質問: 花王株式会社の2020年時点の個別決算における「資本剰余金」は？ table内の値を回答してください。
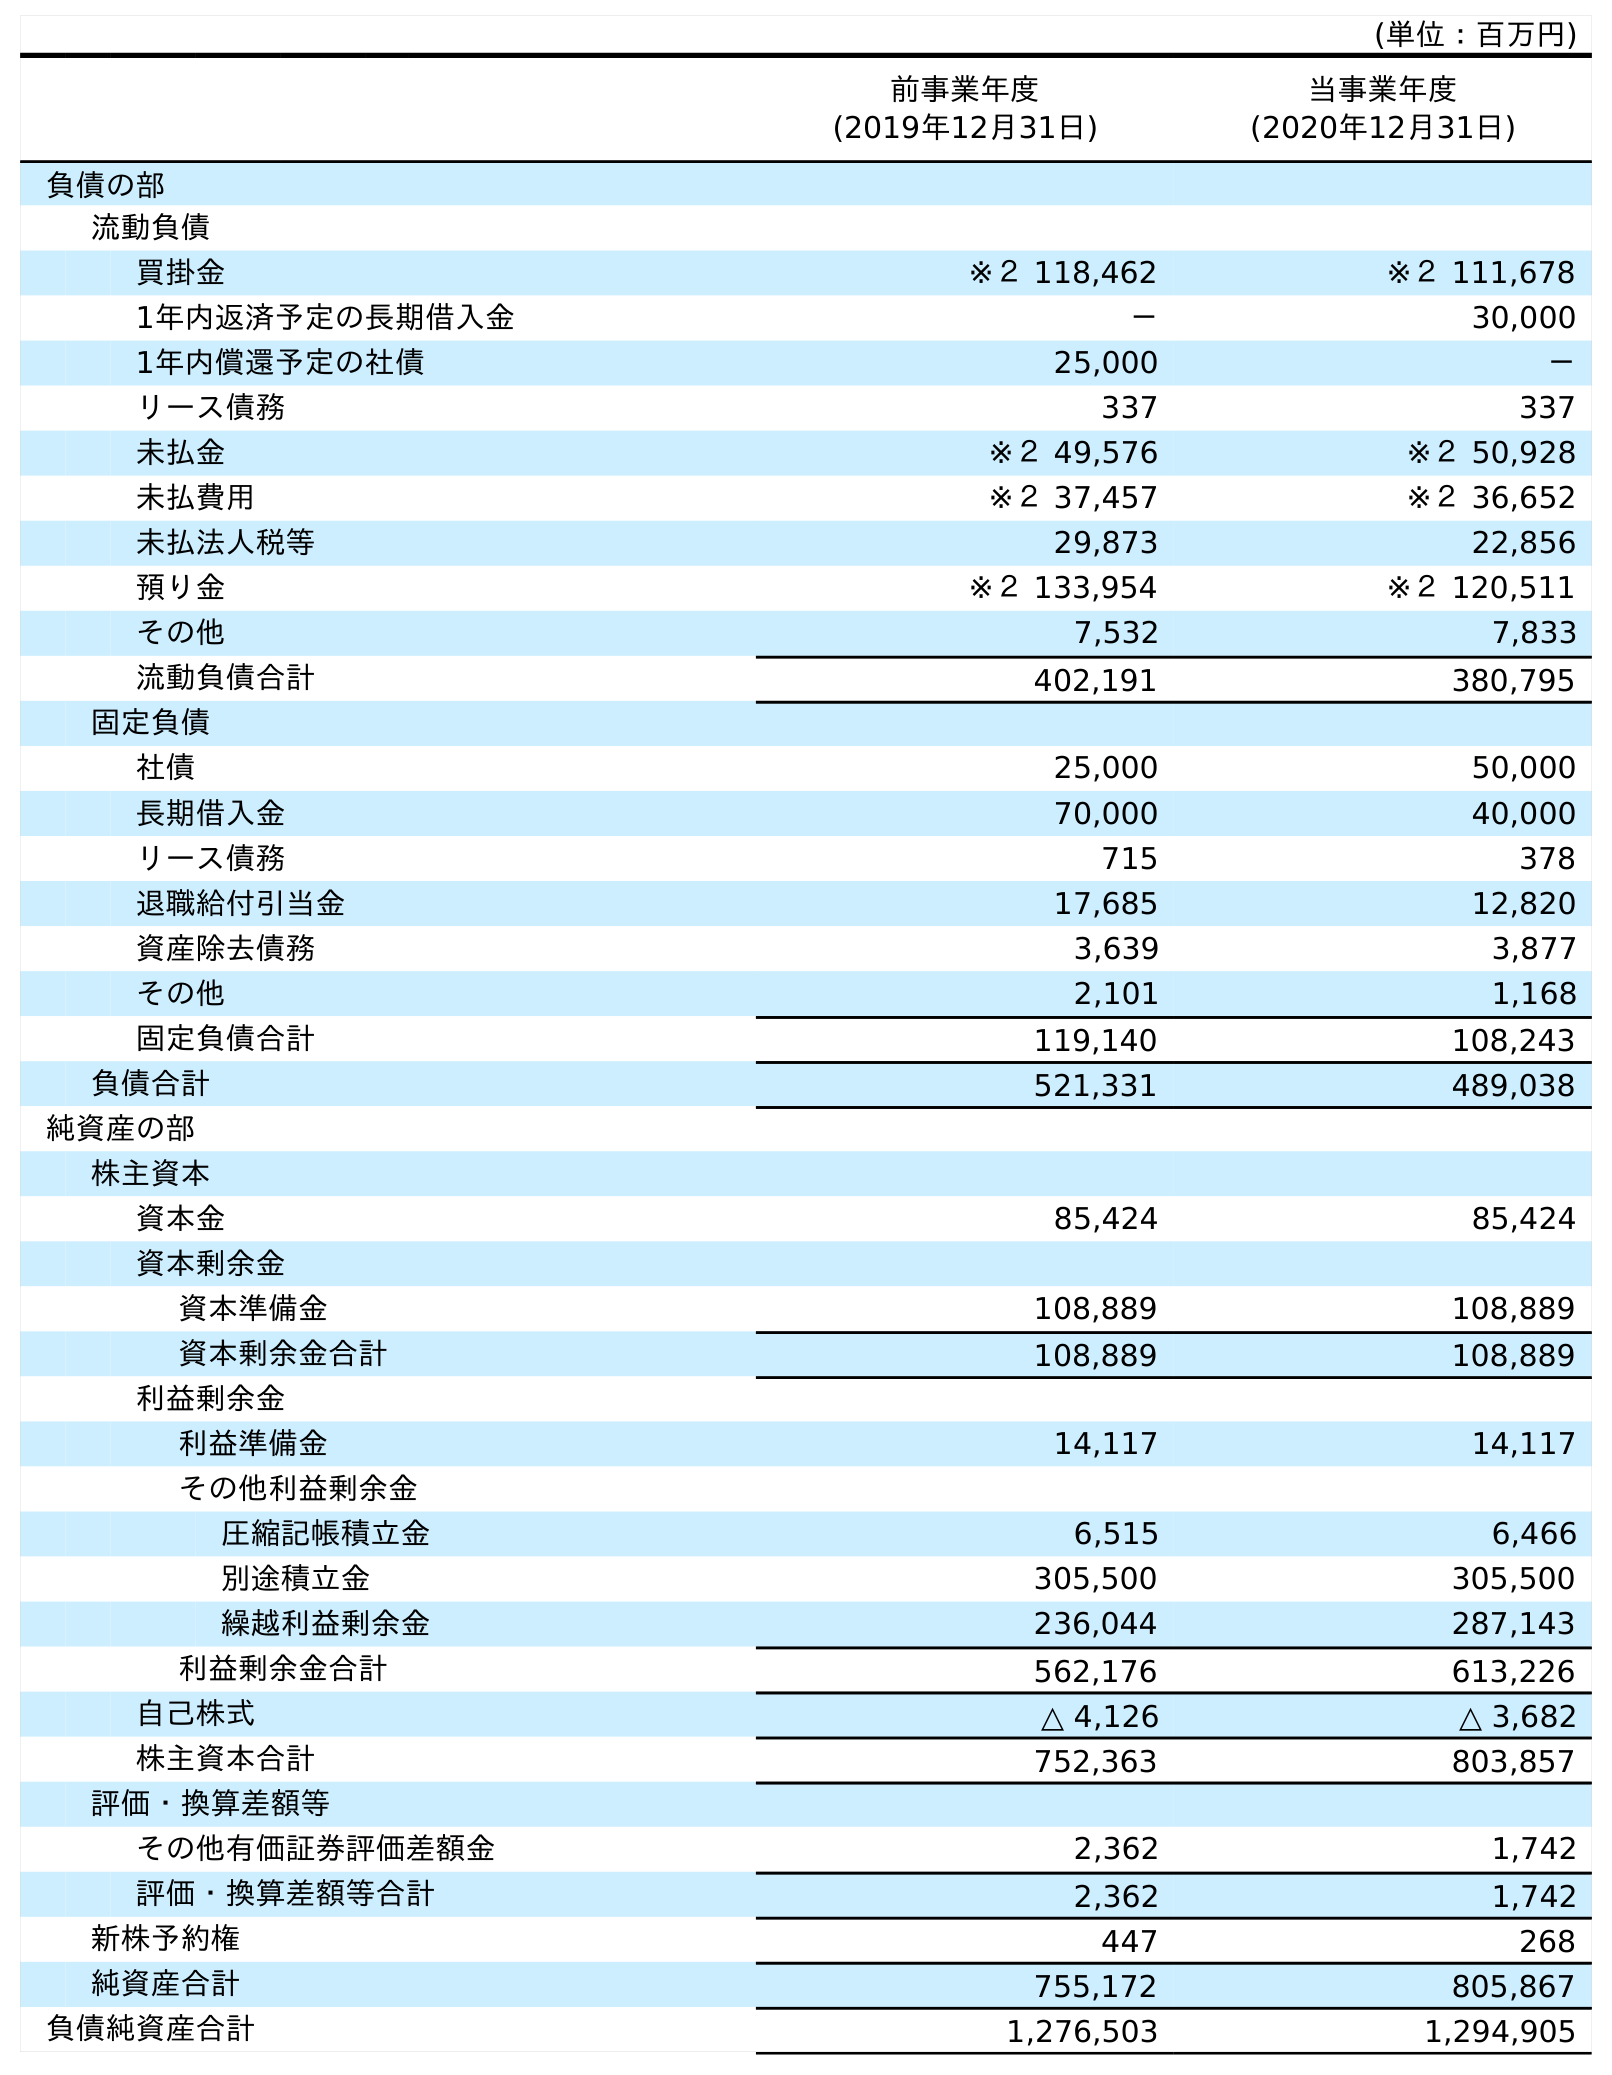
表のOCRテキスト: (単位：百万円) 前事業年度 (2019年12月31日) 当事業年度 (2020年12月31日) 負債の部 流動負債 買掛金 ※２ 118,462 ※２ 111,678 1年内返済予定の長期借入金 － 30,000 1年内償還予定の社債 25,000 － リース債務 337 337 未払金 ※２ 49,576 ※２ 50,928 未払費用 ※２ 37,457 ※２ 36,652 未払法人税等 29,873 22,856 預り金 ※２ 133,954 ※２ 120,511 その他 7,532 7,833 流動負債合計 402,191 380,795 固定負債 社債 25,000 50,000 長期借入金 70,000 40,000 リース債務 715 378 退職給付引当金 17,685 12,820 資産除去債務 3,639 3,877 その他 2,101 1,168 固定負債合計 119,140 108,243 負債合計 521,331 489,038 純資産の部 株主資本 資本金 85,424 85,424 資本剰余金 資本準備金 108,889 108,889 資本剰余金合計 108,889 108,889 利益剰余金 利益準備金 14,117 14,117 その他利益剰余金 圧縮記帳積立金 6,515 6,466 別途積立金 305,500 305,500 繰越利益剰余金 236,044 287,143 利益剰余金合計 562,176 613,226 自己株式 △ 4,126 △ 3,682 株主資本合計 752,363 803,857 評価・換算差額等 その他有価証券評価差額金 2,362 1,742 評価・換算差額等合計 2,362 1,742 新株予約権 447 268 純資産合計 755,172 805,867 負債純資産合計 1,276,503 1,294,905
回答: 108,889